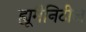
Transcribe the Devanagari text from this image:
ह्यूमैनिटीज